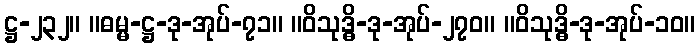
ဋ္ဌ-၂၃၂။ ။ဓမ္မ-ဋ္ဌ-ဒု-အုပ်-၇၁။ ။ဝိသုဒ္ဓိ-ဒု-အုပ်-၂၇၀။ ။ဝိသုဒ္ဓိ-ဒု-အုပ်-၁၀။